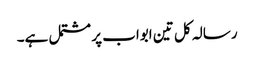
رسالہ کل تین ابواب پر مشتمل ہے۔